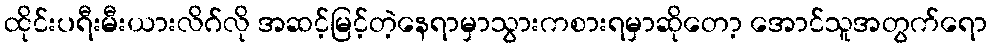
ထိုင်းပရီးမီးယားလိဂ်လို အဆင့်မြင့်တဲ့နေရာမှာသွားကစားရမှာဆိုတော့ အောင်သူအတွက်ရော